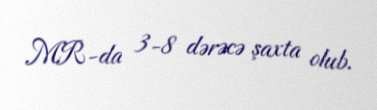
MR-da 3-8 dərəcə şaxta olub.